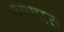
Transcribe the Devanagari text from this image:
बाणात